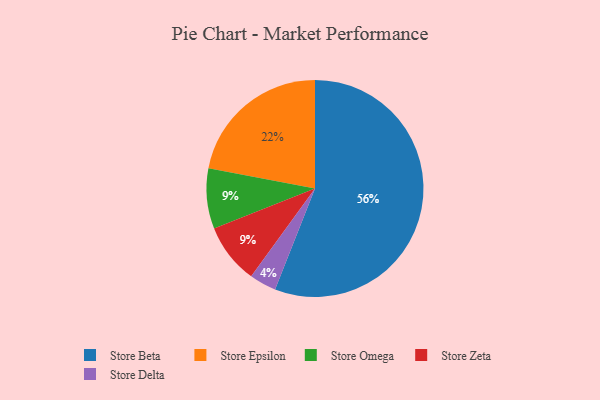
{"axis": {"x": "Category", "y": "Percentage"}, "legend": ["Store Beta", "Store Delta", "Store Epsilon", "Store Omega", "Store Zeta"], "data": [{"x": "Store Beta", "y": 56, "type": "Store Beta"}, {"x": "Store Delta", "y": 4, "type": "Store Delta"}, {"x": "Store Omega", "y": 9, "type": "Store Omega"}, {"x": "Store Zeta", "y": 9, "type": "Store Zeta"}, {"x": "Store Epsilon", "y": 22, "type": "Store Epsilon"}]}